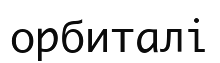
орбиталі